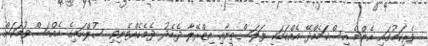
ވެރިކަމުގައި އެންމެ އިސްކަމެއްދޭ އެއްކަމަކީ ފަލަސްތީނާއި އިޒްރޭލާ ދެމެދު ދެމެހެއްޓެނިވި ސުލްހައިގެ އެއްބަސްވުމަކަށް